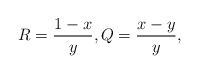
\begin{align*}R=\frac{1-x}{y},Q=\frac{x-y}{y},\end{align*}